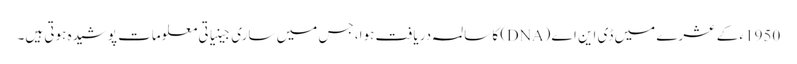
1950ء کے عشرے میں ڈی این اے (DNA) کا سالمہ دریافت ہوا، جس میں ساری جینیاتی معلومات پوشیدہ ہوتی ہیں۔